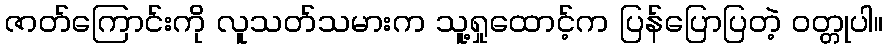
ဇာတ်ကြောင်းကို လူသတ်သမားက သူ့ရှုထောင့်က ပြန်ပြောပြတဲ့ ဝတ္တုပါ။